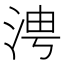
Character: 涄